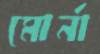
মোর্না